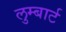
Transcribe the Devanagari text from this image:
लुम्बार्ट